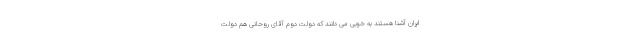
ایران آشنا هستند به خوبی می دانند که دولت دوم آقای روحانی هم دولت